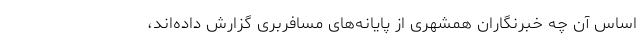
اساس آن چه خبرنگاران همشهری از پایانه‌های مسافربری گزارش داده‌اند،